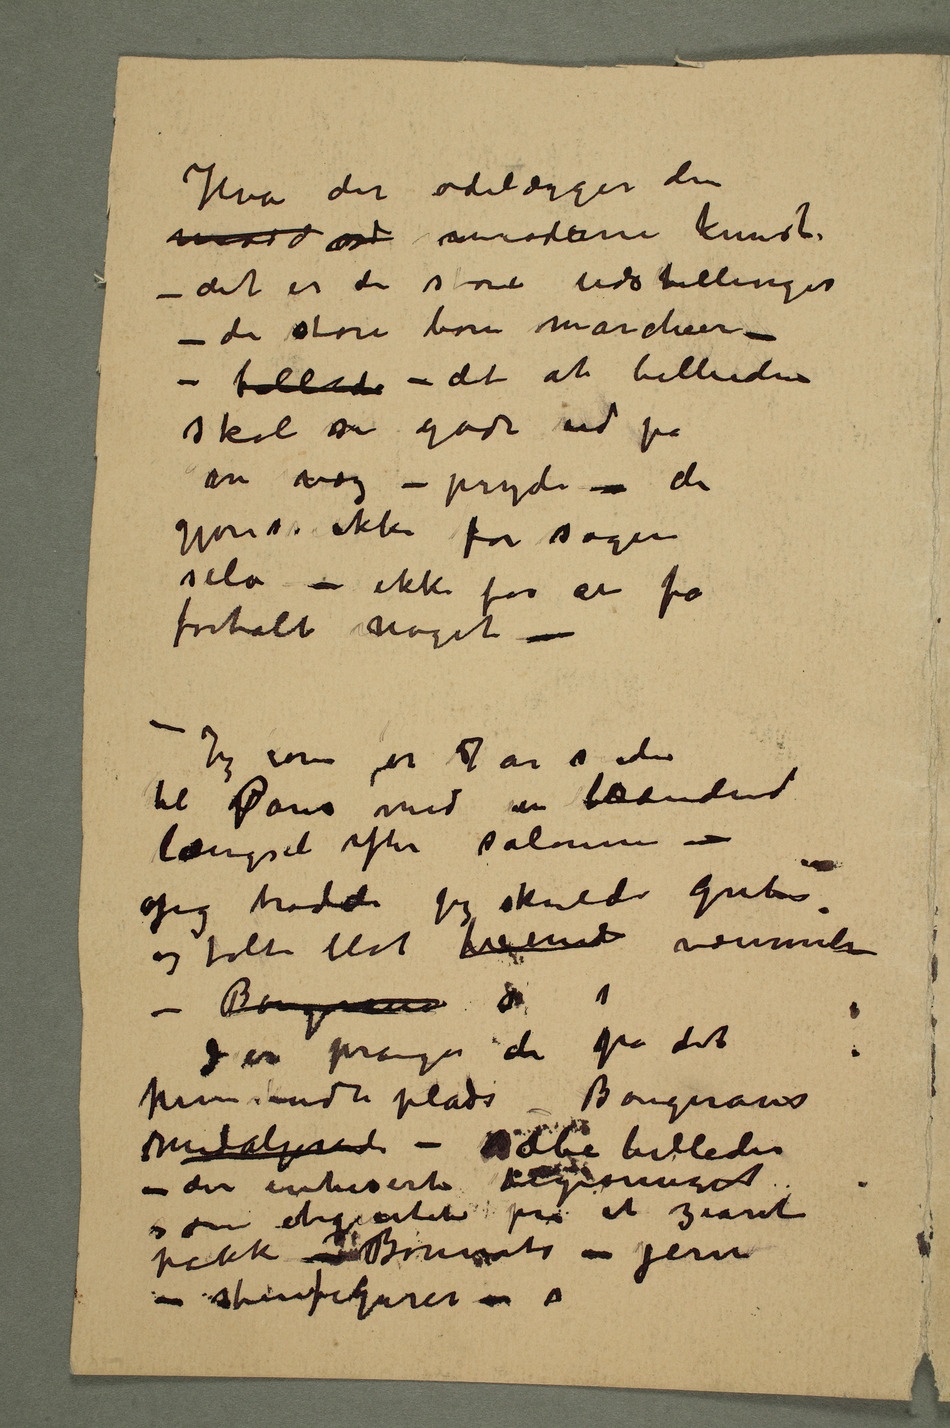
Hva der ødelægger den
mod moderne kunst
– det er de store udstillinger
– de store bon marcheer –
– billedet – det at billedene
skal se godt ud på
en væg – pryde – de
gjøres ikke for sagen
selv – ikke for at få
fortalt noget – –
Jeg som for 7 år siden
til Paris med en brændende
længsel efter salonen –
Jeg trodde jeg skulde gribes
og følte blot  væmmelse
Der pranger de på det
medaljered – sæbe billeder
– der intereserte bourgeoissiet
som etiqueten på et ziaret
pakke – Bonnats – jern